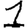
Digit: 1